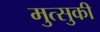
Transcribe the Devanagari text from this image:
मुत्सुकी